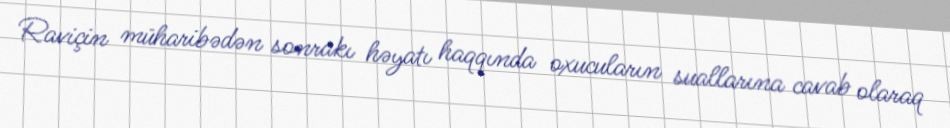
Raviçin müharibədən sonrakı həyatı haqqında oxucuların suallarına cavab olaraq